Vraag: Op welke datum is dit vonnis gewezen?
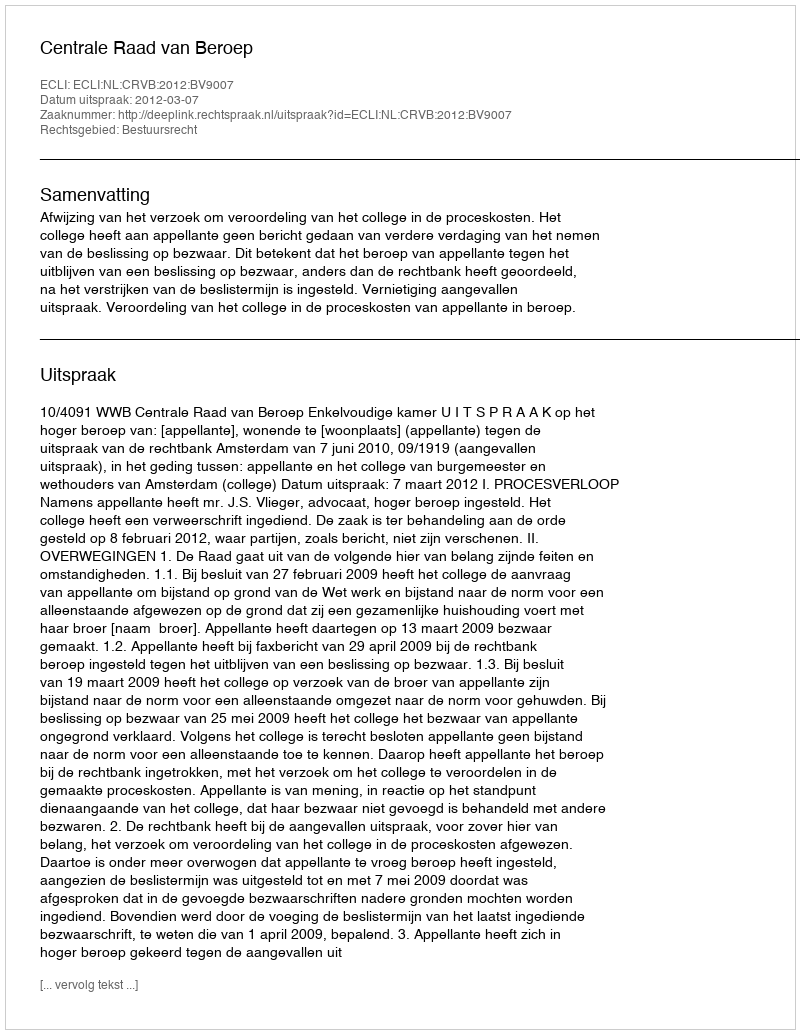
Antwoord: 2012-03-07